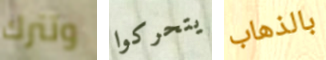
وتترك يتحركوا بالذهاب